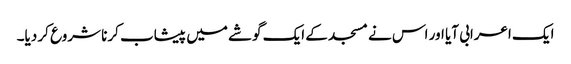
ایک اعرابی آیا اور اس نے مسجد کے ایک گوشے میں پیشاب کرنا شروع کر دیا۔